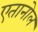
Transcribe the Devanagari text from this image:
एतानोल